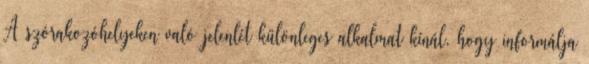
A szórakozóhelyeken való jelenlét különleges alkalmat kínál, hogy informálja